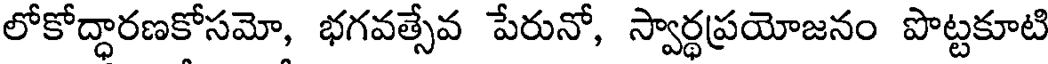
లోకోద్ధారణకోసమో, భగవత్సేవ పేరునో, స్వార్థప్రయోజనం పొట్టకూటి